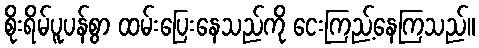
စိုးရိမ်ပူပန်စွာ ထမ်းပြေးနေသည်ကို ငေးကြည့်နေကြသည်။